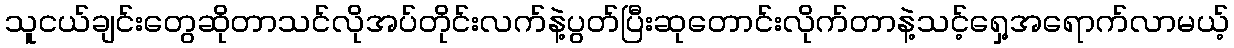
သူငယ်ချင်းတွေဆိုတာသင်လိုအပ်တိုင်းလက်နဲ့ပွတ်ပြီးဆုတောင်းလိုက်တာနဲ့သင့်ရှေ့အရောက်လာမယ့်